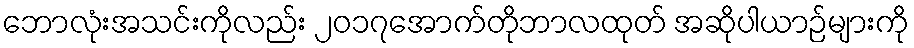
ဘောလုံးအသင်းကိုလည်း ၂၀၁၇အောက်တိုဘာလထုတ် အဆိုပါယာဉ်များကို